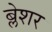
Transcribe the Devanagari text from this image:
ब्लेशर